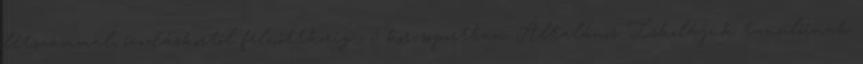
létszámmal, óvodáskortól felnőttkorig , 5 korcsoportban. Általános Iskolájuk tanulóinak